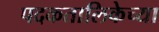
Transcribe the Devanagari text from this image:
पदकतालिकेच्या